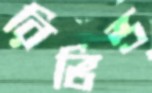
রিভিল্ড